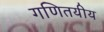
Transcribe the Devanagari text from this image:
गणितयीय